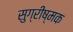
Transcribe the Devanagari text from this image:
सुग्रीष्मक